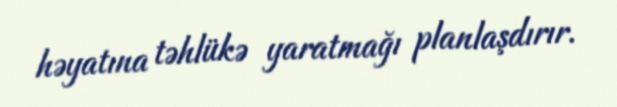
həyatına təhlükə yaratmağı planlaşdırır.